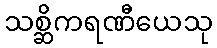
သစ္ဆိကရဏီယေသု